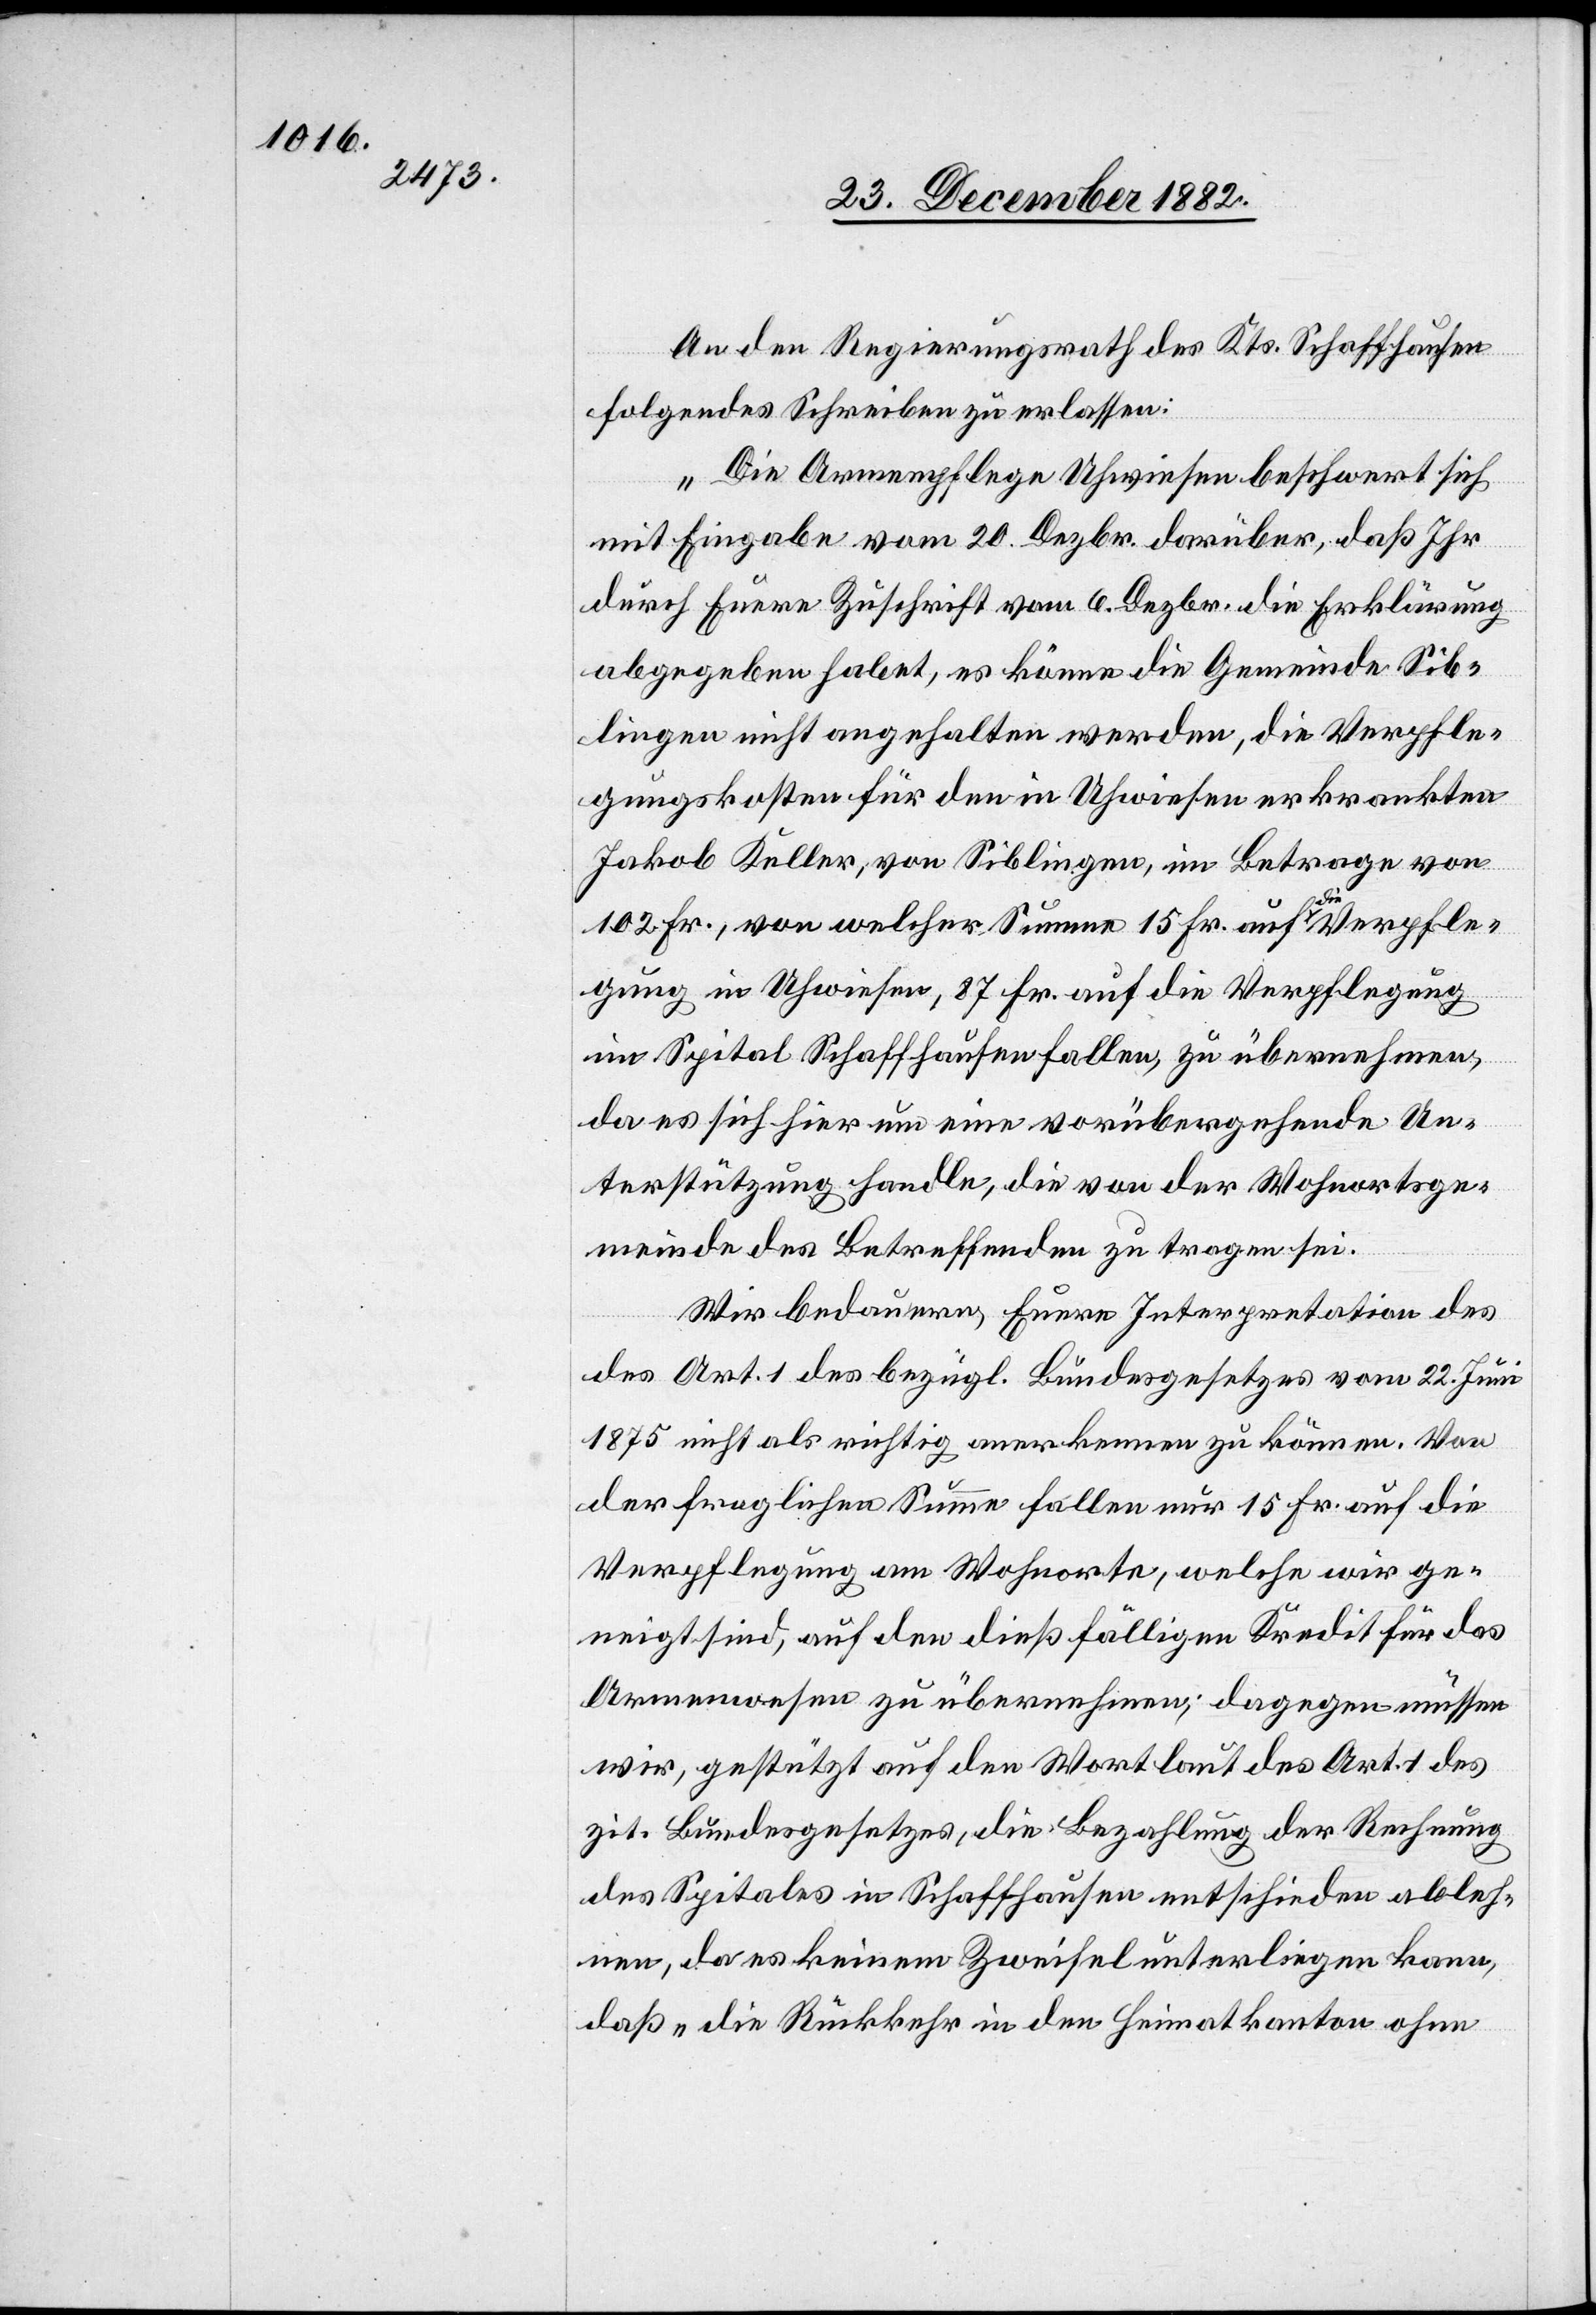
gung

An den Regierungsrath des Kts. Schaffhausen
folgendes Schreiben zu erlassen:
„Die Armenpflege Uhwiesen beschwert sich
mit Eingabe vom 20. Dezbr. darüber, daß Ihr
durch Eurere Zuschrift vom 6. Dezbr. die Erklärung
abgegeben habet, es könne die Gemeinde Sib¬
lingen nicht angehalten werden, die Verpfle¬
gungskosten für den in Uhwiesen erkrankten
Jakob Keller, von Siblingen, im Betrage von
102 Fr., von welcher Summe 15 Fr. auf die Verpfle¬
im Spital Schaffhausen fallen, zu übernehmen,
da es sich hier um eine vorübergehende Un¬
terstützung handle, die von der Wohnortsge¬
meinde des Betreffenden zu tragen sei.
Wir bedauern, Euere Interpretation
des Art. 1 des bezügl. Bundesgesetzes vom 22. Juni
1875 nicht als richtig anerkennen zu können. Von
der fraglichen Summe fallen nur 15 Fr. auf die
Verpflegung am Wohnorte, welche wird ge¬
neigt sind, auf den dießfälligen Kredit für das
Armenwesen zu übernehmen; dagegen müssen
wird, gestützt auf den Wortlaut des Art. 1 des
zit. Bundesgesetzes, die Bezahlung der Rechnung
des Spitales in Schaffhausen entscheiden ableh¬
nen, da es keinem Zweifel unterliegen kann,
daß „die Rückkehr in den Heimatkanton ohne